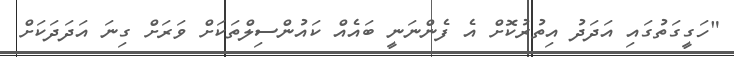
"ހަގީގަތުގައި އަދަދު އިތުރުކޮށް އެ ފެންނަނީ ބައެއް ކައުންސިލްތަކަށް ވަރަށް ގިނަ އަދަދަކަށް